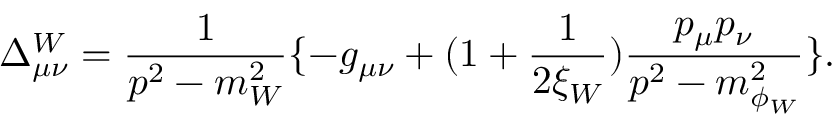
\Delta _ { \mu \nu } ^ { W } = \frac { 1 } { p ^ { 2 } - m _ { W } ^ { 2 } } \{ - g _ { \mu \nu } + ( 1 + \frac { 1 } { 2 \xi _ { W } } ) \frac { p _ { \mu } p _ { \nu } } { p ^ { 2 } - m _ { \phi _ { W } } ^ { 2 } } \} .